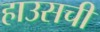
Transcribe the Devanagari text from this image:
हाउसची